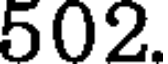
502.